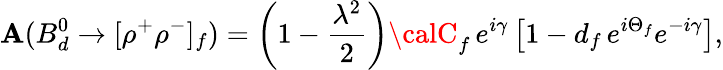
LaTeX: \mathbf{A}(B_{d}^{0}\to[\rho^{+}\rho^{-}]_{f})=\left(1-\frac{{\lambda^{2}}}{{2}}\right){\calC}_{f}\, e^{i\gamma}\left[1-d_{f}\, e^{i\Theta_{f}}e^{-i\gamma}\right],